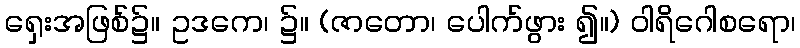
ရှေးအဖြစ်၌။ ဥဒကေ၊ ၌။ (ဇာတော၊ ပေါက်ဖွား ၍။) ဝါရိဂေါစရော၊